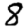
Digit: 8